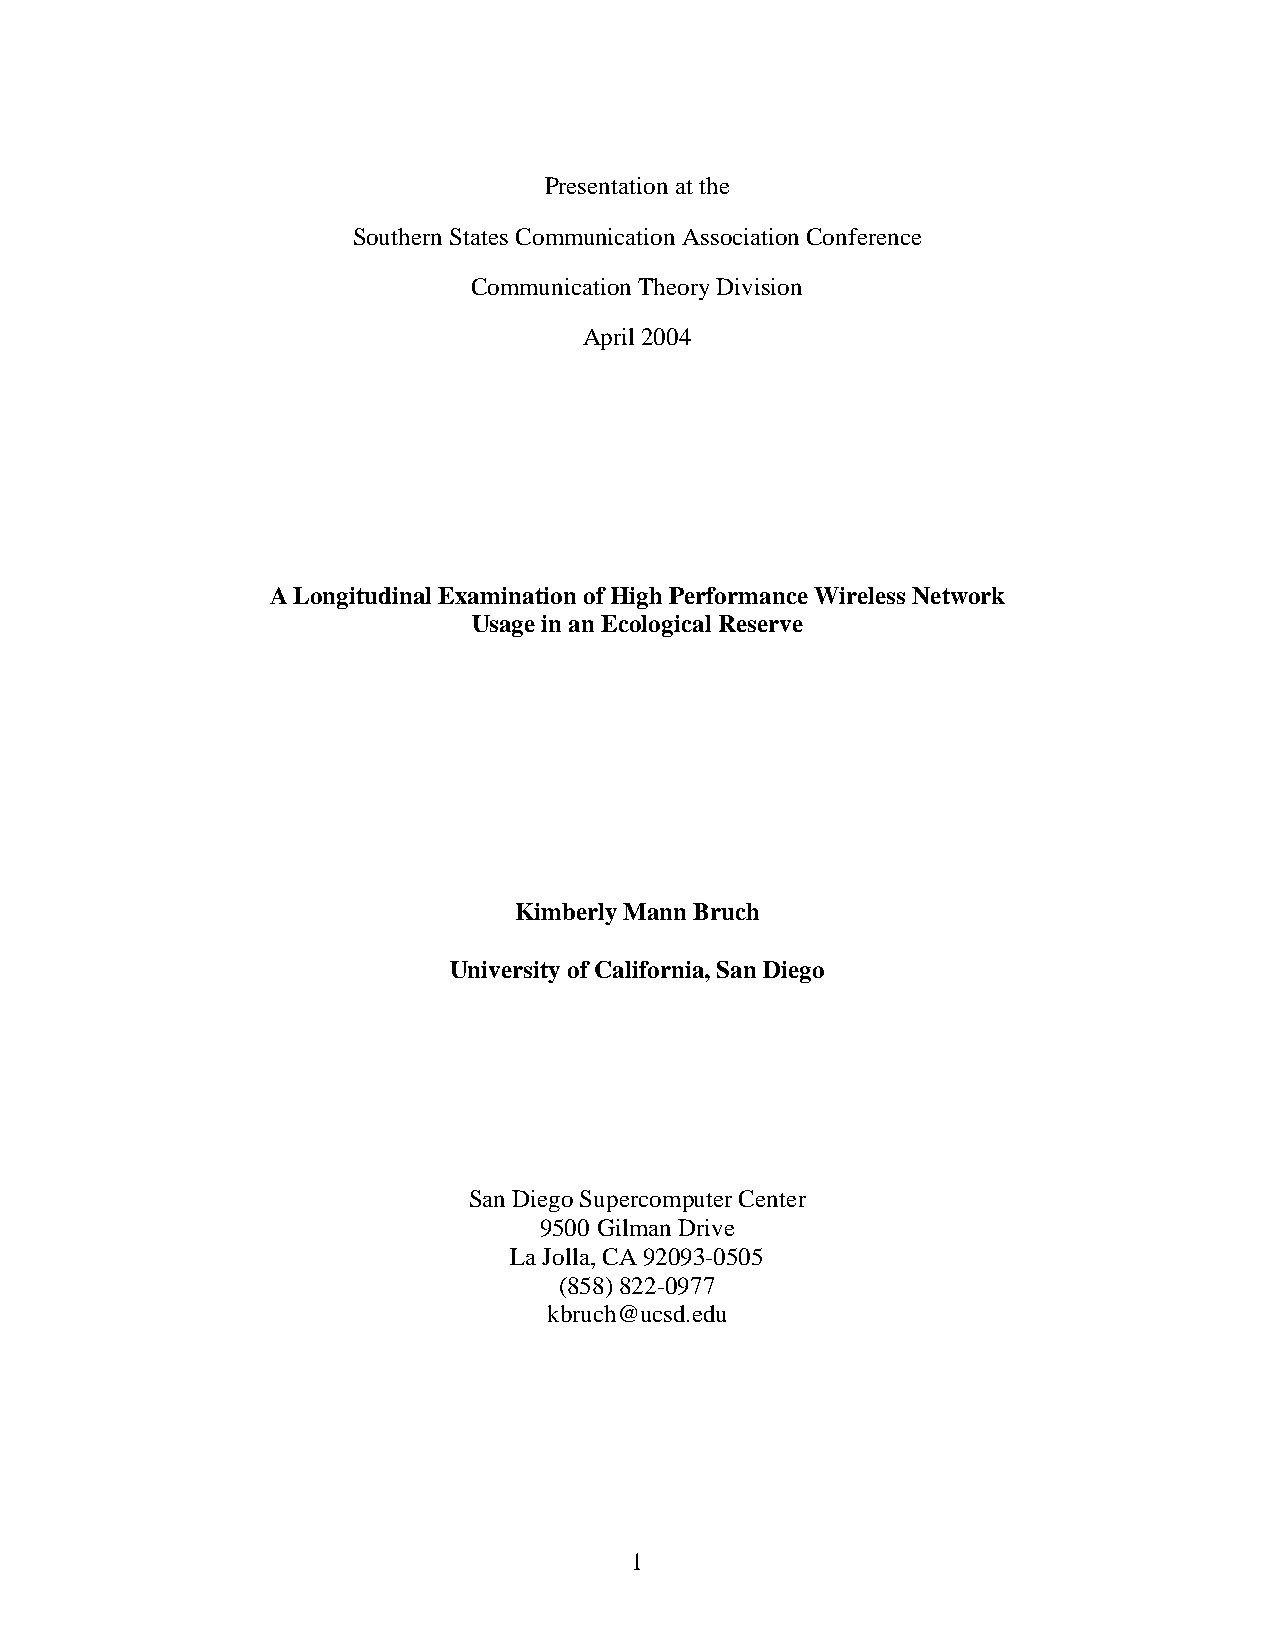
Presentation at the
 Southern States Communication Association Conference
 Communication Theory Division
 April 2004
 A Longitudinal Examination of High Performance Wireless Network
 Usage in an Ecological Reserve
 Kimberly Mann Bruch
 University of California, San Diego
 San Diego Supercomputer Center
 9500 Gilman Drive
 La Jolla, CA 92093-0505
 (858) 822-0977
 kbruch@ucsd.edu
 1